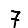
Digit: 7